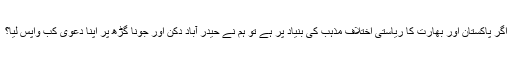
اگر پاکستان اور بھارت کا ریاستی اختلاف مذہب کی بنیاد پر ہے تو ہم نے حیدر آباد دکن اور جونا گڑھ پر اپنا دعویٰ کب واپس لیا؟